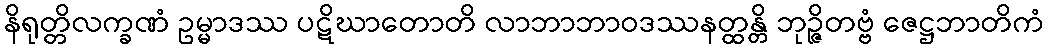
နိရုတ္တိလက္ခဏံ ဥမ္မာဒဿ ပဋိဃာတောတိ လာဘာဘာဝဒဿနတ္ထန္တိ ဘုဉ္ဇိတဗ္ဗံ ဇေဋ္ဌဘာတိကံ